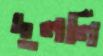
দুললি